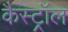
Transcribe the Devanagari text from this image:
कैस्ट्रॉल